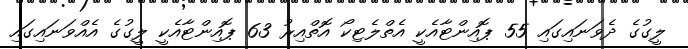
ލީގުގެ ދެވަނައިގައި 55 ޕޮއިންޓާއެކީ އެތްލެޓިކޯ އޮތްއިރު 63 ޕޮއިންޓާއެކީ ލީގުގެ އެއްވަނައިގައި